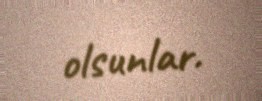
olsunlar.